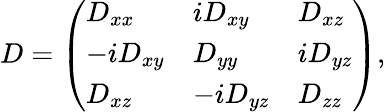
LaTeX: D=\left(\begin{array}{lll}{D_{xx}}&{iD_{xy}}&{D_{xz}}\\ {-iD_{xy}}&{D_{yy}}&{iD_{yz}}\\ {D_{xz}}&{-iD_{yz}}&{D_{zz}}\end{array}\right),